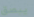
يبصق